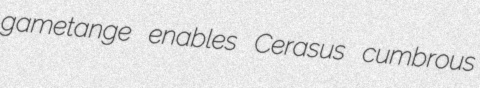
gametange enables Cerasus cumbrous